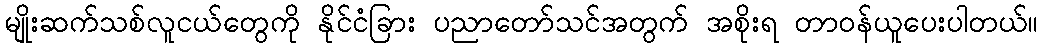
မျိုးဆက်သစ်လူငယ်တွေကို နိုင်ငံခြား ပညာတော်သင်အတွက် အစိုးရ တာဝန်ယူပေးပါတယ်။